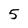
Character: 5